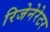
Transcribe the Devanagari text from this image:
रिजेनेरेटर